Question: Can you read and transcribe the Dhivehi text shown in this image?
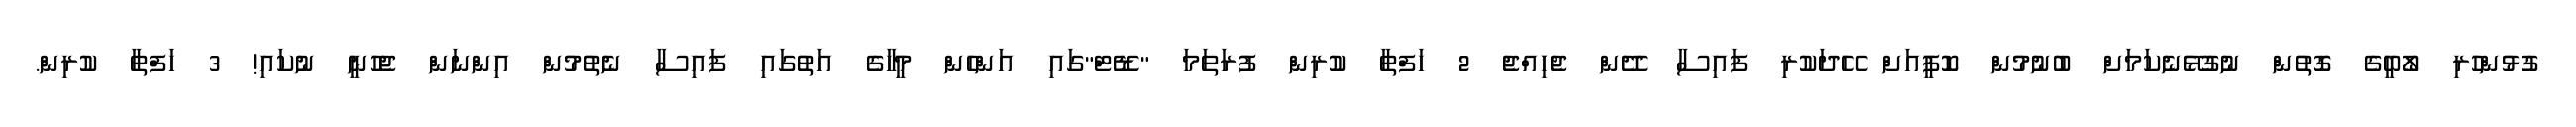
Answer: ގުޅުންހުރި ލޯބީގެ ގޮތުން ނުގުޅޭނެކަމަށް ބުނުމުން ކޮފީއަށް ހޭދަކުރި ފައިސާ ދޭން ޖެހިއްޖެ 2 ހަފްތާ ކުރިން ފުރަތަމަ "ޑޭޓް"ގައި އަންހެން މީހާގެ އަތުގައި ފައިސާ ނެތުމުން އިންނަން ޖެހުނީ ނުކައި! 3 ހަފްތާ ކުރިން.